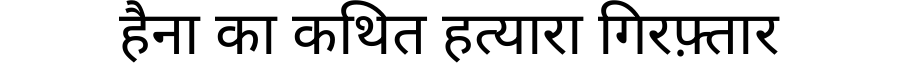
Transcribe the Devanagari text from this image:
हैना का कथित हत्यारा गिरफ़्तार